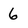
Character: 6